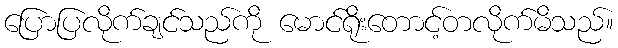
ပြောပြလိုက်ချင်သည်ကို မောင်ရိုးတောင့်တလိုက်မိသည်။